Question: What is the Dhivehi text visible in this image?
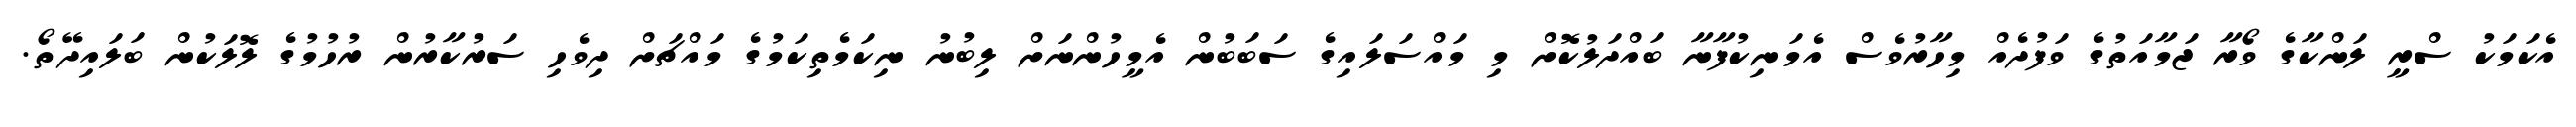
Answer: އެކަމަކު ސްރީ ލަންކާގެ ވޯރާ ޖަމާއަތުގެ ވަފުދެއް މިހާރުވެސް އެމަނިކުފާނާ ބައްދަލުކޮށް މި މައްސަލައިގެ ސަބަބުން އެމީހުންނަށް ލިބުނު ނިކަމެތިކަމުގެ މައްޗަށް ދިވެހި ސަރުކާރުން ރުހުމުގެ ލޮލަކުން ބަލައިދޭތޯ.